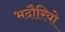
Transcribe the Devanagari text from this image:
भदौरियो